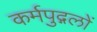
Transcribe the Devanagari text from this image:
कर्मपुद्गलों